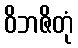
ဝိဘဇိတုံ